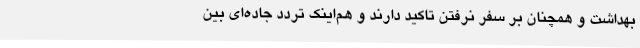
بهداشت و همچنان بر سفر نرفتن تاکید دارند و هم‌اینک تردد جاده‌ای بین